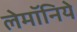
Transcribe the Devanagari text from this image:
लेमॉनिये